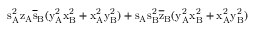
\mathrm { s _ { A } ^ { 2 } \mathrm { z _ { A } \mathrm { \overline { { s } } _ { B } ( \mathrm { y _ { A } ^ { 2 } \mathrm { x _ { B } ^ { 2 } + \mathrm { x _ { A } ^ { 2 } \mathrm { y _ { B } ^ { 2 } ) + \mathrm { s _ { A } \mathrm { s _ { B } ^ { 2 } \mathrm { \overline { { z } } _ { B } ( \mathrm { y _ { A } ^ { 2 } \mathrm { x _ { B } ^ { 2 } + \mathrm { x _ { A } ^ { 2 } \mathrm { y _ { B } ^ { 2 } ) } } } } } } } } } } } } } }